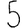
Digit: 5